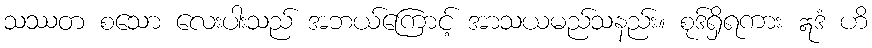
သဿတ စသော လေးပါးသည် အဘယ်ကြောင့် အာသယမည်သနည်း။ စုဒ်ရှိရကား ဣဒံ ဟိ